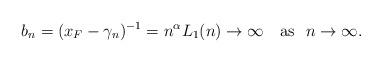
LaTeX: \begin{align*}b_n=(x_F - \gamma_n)^{-1} = n^{\alpha}L_1(n)\to\infty \quad\mbox{as }\ n\to\infty.\end{align*}